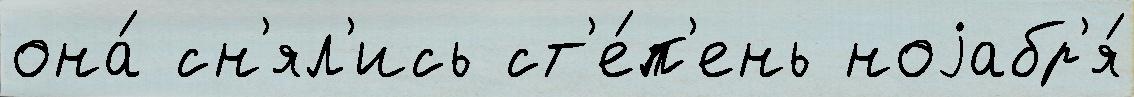
она́ сн'ял'ись ст'е́п'ень ноjабр'я́